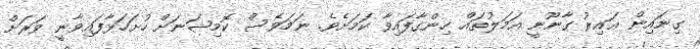
ގިނައިން ޣައިރު ގާނޫނީ އަމަލުތައް ހިންގާފައިވާ ކަމަށެވެ. ނަމަވެސް ކޮމިޝަނަށް ހުށަހަޅާފައިވާނީ ވަރަށް